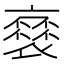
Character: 𧜸